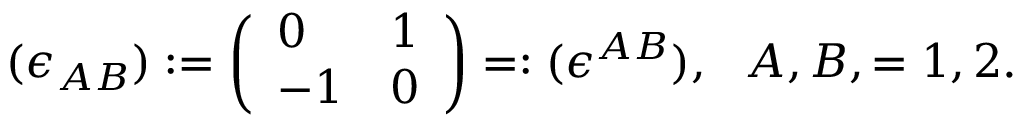
( \epsilon _ { A B } ) : = \left( \begin{array} { l l } { { 0 } } & { { 1 } } \\ { { - 1 } } & { { 0 } } \end{array} \right) = : ( \epsilon ^ { A B } ) , \ \ A , B , = 1 , 2 .